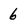
Character: 6